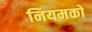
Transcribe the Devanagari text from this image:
नियमको